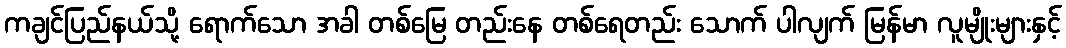
ကချင်ပြည်နယ်သို့ ရောက်သော အခါ တစ်မြေ တည်းနေ တစ်ရေတည်း သောက် ပါလျက် မြန်မာ လူမျိုးများနှင့်